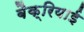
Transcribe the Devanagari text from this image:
बैक्रियाई